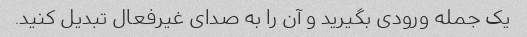
یک جمله ورودی بگیرید و آن را به صدای غیرفعال تبدیل کنید.